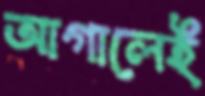
আগালেই